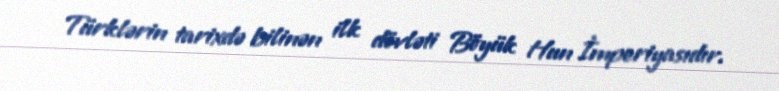
Türklərin tarixdə bilinən ilk dövləti Böyük Hun İmperiyasıdır.